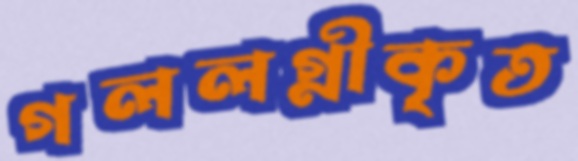
গললগ্নীকৃত